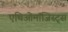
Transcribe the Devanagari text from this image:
एथिओमॉजिस्ट्स